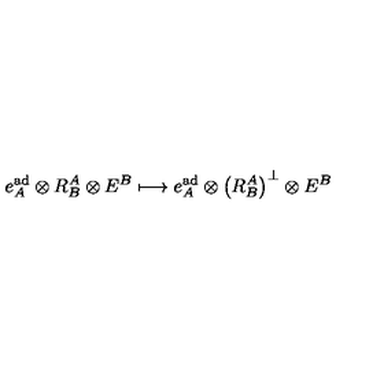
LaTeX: e _ { A } ^ { \mathrm { a d } } \otimes R _ { B } ^ { A } \otimes E ^ { B } \longmapsto e _ { A } ^ { \mathrm { a d } } \otimes \left( R _ { B } ^ { A } \right) ^ { \perp } \otimes E ^ { B }